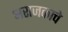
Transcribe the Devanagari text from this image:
अराजकाचे